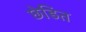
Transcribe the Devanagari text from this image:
छेडित